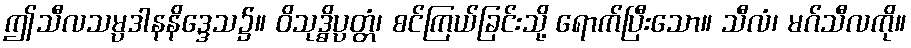
ဤသီလသမ္ပဒါနနိဒ္ဒေသ၌။ ဝိသုဒ္ဓိပ္ပတ္တံ၊ စင်ကြယ်ခြင်းသို့ ရောက်ပြီးသော။ သီလံ၊ မဂ်သီလကို။